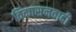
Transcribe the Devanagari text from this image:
विकासनवादी